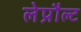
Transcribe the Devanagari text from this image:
लेप्रौल्ट